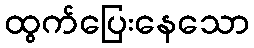
ထွက်ပြေးနေသော